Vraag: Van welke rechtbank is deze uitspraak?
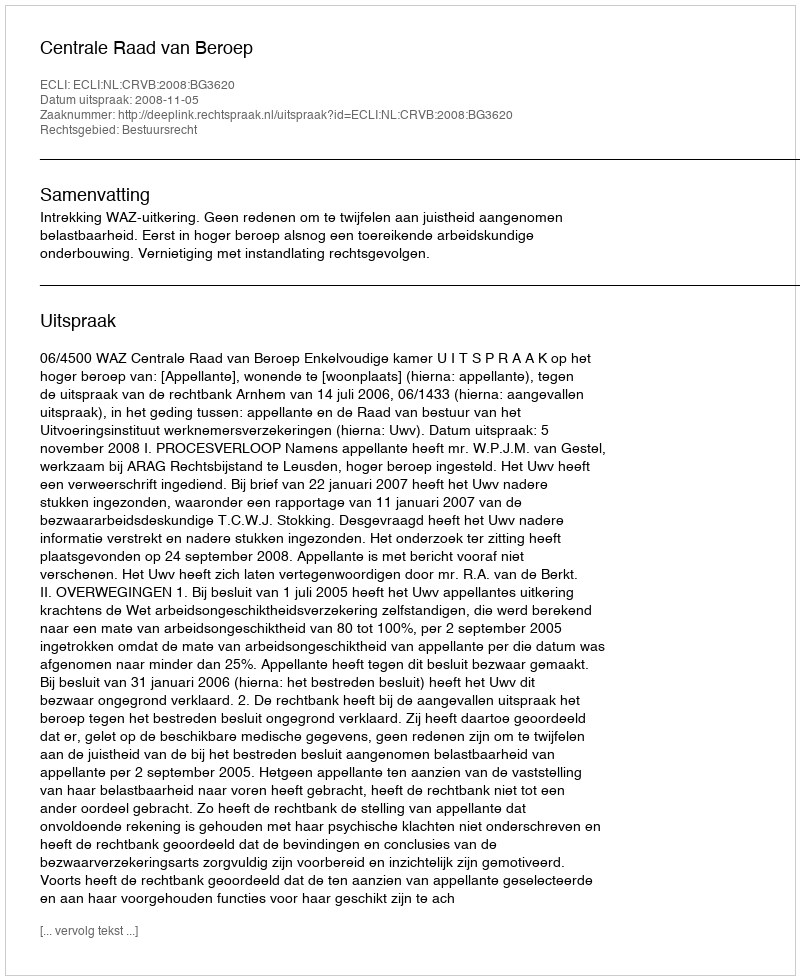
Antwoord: Centrale Raad van Beroep